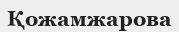
Қожамжарова